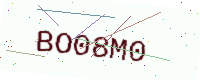
Text: BO08M0